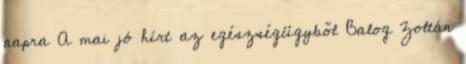
napra A mai jó hírt az egészségügyből Balog Zoltán